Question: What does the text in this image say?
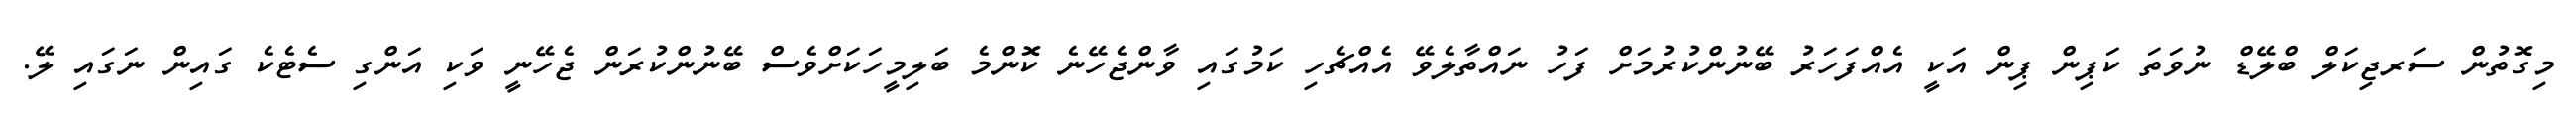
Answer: މިގޮތުން ސަރޖިކަލް ބްލޭޑް ނުވަތަ ކަޕިން ޕިން އަކީ އެއްފަހަރު ބޭނުންކުރުމަށް ފަހު ނައްތާލެވޭ އެއްޗެހި ކަމުގައި ވާންޖެހޭނެ ކޮންމެ ބަލިމީހަކަށްވެސް ބޭނުންކުރަން ޖެހޭނީ ވަކި އަންގި ސެޓެކެ ގައިން ނަގައި ލޭ.